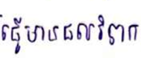
ធ្វើមានផលវិបាក